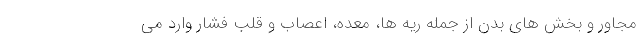
مجاور و بخش های بدن از جمله ریه ها، معده، اعصاب و قلب فشار وارد می